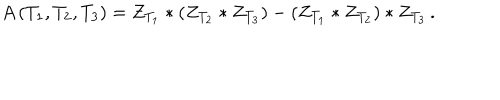
A \, ( T _ { 1 } , T _ { 2 } , T _ { 3 } ) = Z _ { T _ { 1 } } * ( Z _ { T _ { 2 } } * Z _ { T _ { 3 } } ) - ( Z _ { T _ { 1 } } * Z _ { T _ { 2 } } ) * Z _ { T _ { 3 } } \, .